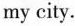
my city.